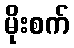
မိုးစက်